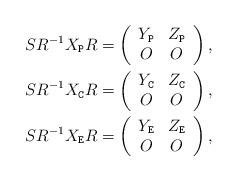
LaTeX: \begin{align*}SR^{-1}X_{\tt P}R&=\left(\begin{array}{cc}Y_{\tt P}&Z_{\tt P}\\O&O\end{array}\right),\\SR^{-1}X_{\tt C}R&=\left(\begin{array}{cc}Y_{\tt C}&Z_{\tt C}\\O&O\end{array}\right),\\SR^{-1}X_{\tt E}R&=\left(\begin{array}{cc}Y_{\tt E}&Z_{\tt E}\\O&O\end{array}\right),\end{align*}